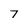
Character: 7